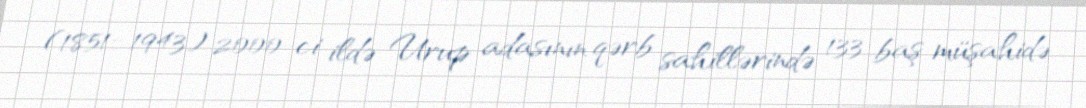
(1851–1943) 2000-ci ildə Urup adasının qərb sahillərində 133 baş müşahidə